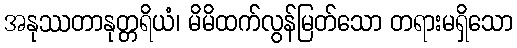
အနုဿတာနုတ္တရိယံ၊ မိမိထက်လွန်မြတ်သော တရားမရှိသော